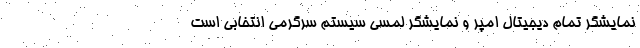
نمایشگر تمام دیجیتال امپر و نمایشگر لمسی سیستم سرگرمی انتخابی است